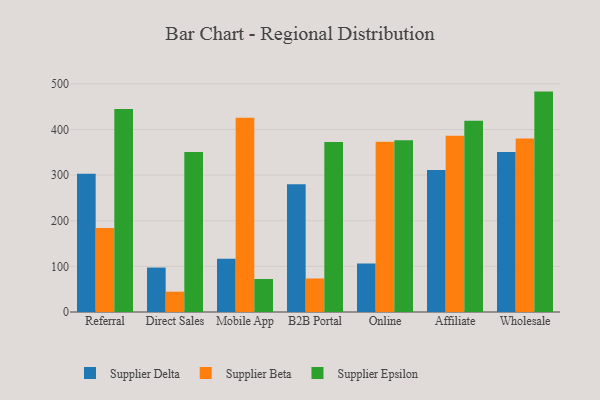
{"axis": {"x": "Channel", "y": "Conversion Rate (%)"}, "legend": ["Supplier Beta", "Supplier Delta", "Supplier Epsilon"], "data": [{"x": "Referral", "y": 303.2, "type": "Supplier Delta"}, {"x": "Referral", "y": 183.9, "type": "Supplier Beta"}, {"x": "Referral", "y": 444.7, "type": "Supplier Epsilon"}, {"x": "Direct Sales", "y": 97.4, "type": "Supplier Delta"}, {"x": "Direct Sales", "y": 44.6, "type": "Supplier Beta"}, {"x": "Direct Sales", "y": 350.7, "type": "Supplier Epsilon"}, {"x": "Mobile App", "y": 116.8, "type": "Supplier Delta"}, {"x": "Mobile App", "y": 425.9, "type": "Supplier Beta"}, {"x": "Mobile App", "y": 72.3, "type": "Supplier Epsilon"}, {"x": "B2B Portal", "y": 280.2, "type": "Supplier Delta"}, {"x": "B2B Portal", "y": 73.5, "type": "Supplier Beta"}, {"x": "B2B Portal", "y": 372.6, "type": "Supplier Epsilon"}, {"x": "Online", "y": 106.3, "type": "Supplier Delta"}, {"x": "Online", "y": 373.1, "type": "Supplier Beta"}, {"x": "Online", "y": 376.3, "type": "Supplier Epsilon"}, {"x": "Affiliate", "y": 311.0, "type": "Supplier Delta"}, {"x": "Affiliate", "y": 386.5, "type": "Supplier Beta"}, {"x": "Affiliate", "y": 419.1, "type": "Supplier Epsilon"}, {"x": "Wholesale", "y": 350.6, "type": "Supplier Delta"}, {"x": "Wholesale", "y": 380.1, "type": "Supplier Beta"}, {"x": "Wholesale", "y": 483.1, "type": "Supplier Epsilon"}]}